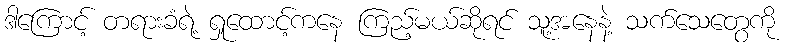
ဒါကြောင့် တရားခံရဲ့ ရှုထောင့်ကနေ ကြည့်မယ်ဆိုရင် သူ့အနေနဲ့ သက်သေတွေကို